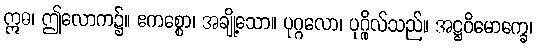
ဣဓ၊ ဤလောက၌။ ဧကစ္စော၊ အချို့သော။ ပုဂ္ဂလော၊ ပုဂ္ဂိုလ်သည်။ အဋ္ဌဝိမောက္ခေ၊